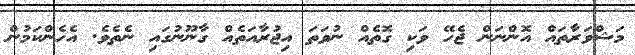
މަޝްވަރާތައް އޮންނަން ޖެހޭ ވަކި ގޮތެއް ނުވަތަ އިޖުރާއަތެއް ގާނޫނުގައި ނެތެވެ. އެހެންކަމުން